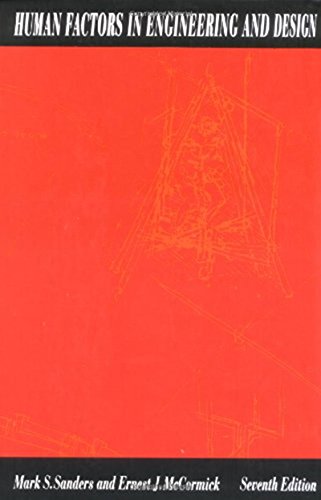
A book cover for Human Factors In Engineering and Design; Mark S. Sanders; Engineering & Transportation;